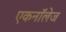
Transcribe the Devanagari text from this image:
एकनॉलेज